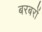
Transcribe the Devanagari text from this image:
बरबरों